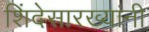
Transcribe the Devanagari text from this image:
शिंदेसारख्यांनी